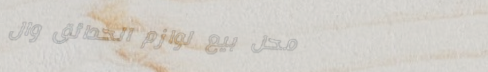
محل بيع لوازم الحدائق وال